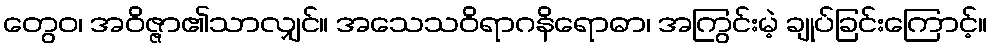
တွေဝ၊ အဝိဇ္ဇာ၏သာလျှင်။ အသေသဝိရာဂနိရောဓာ၊ အကြွင်းမဲ့ ချုပ်ခြင်းကြောင့်။